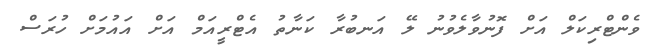
ވެންޓްރިކަލް އަށް ފޮނުވާލެވުނު ލޭ އަނބުރާ ކަނާތު އެޓްރީއަމް އަށް އައުމަށް ހުރަސް